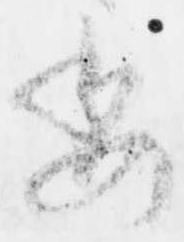
委